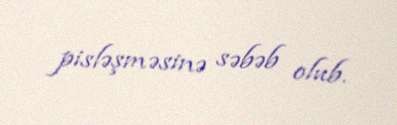
pisləşməsinə səbəb olub.